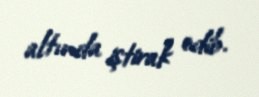
altında iştirak edib.